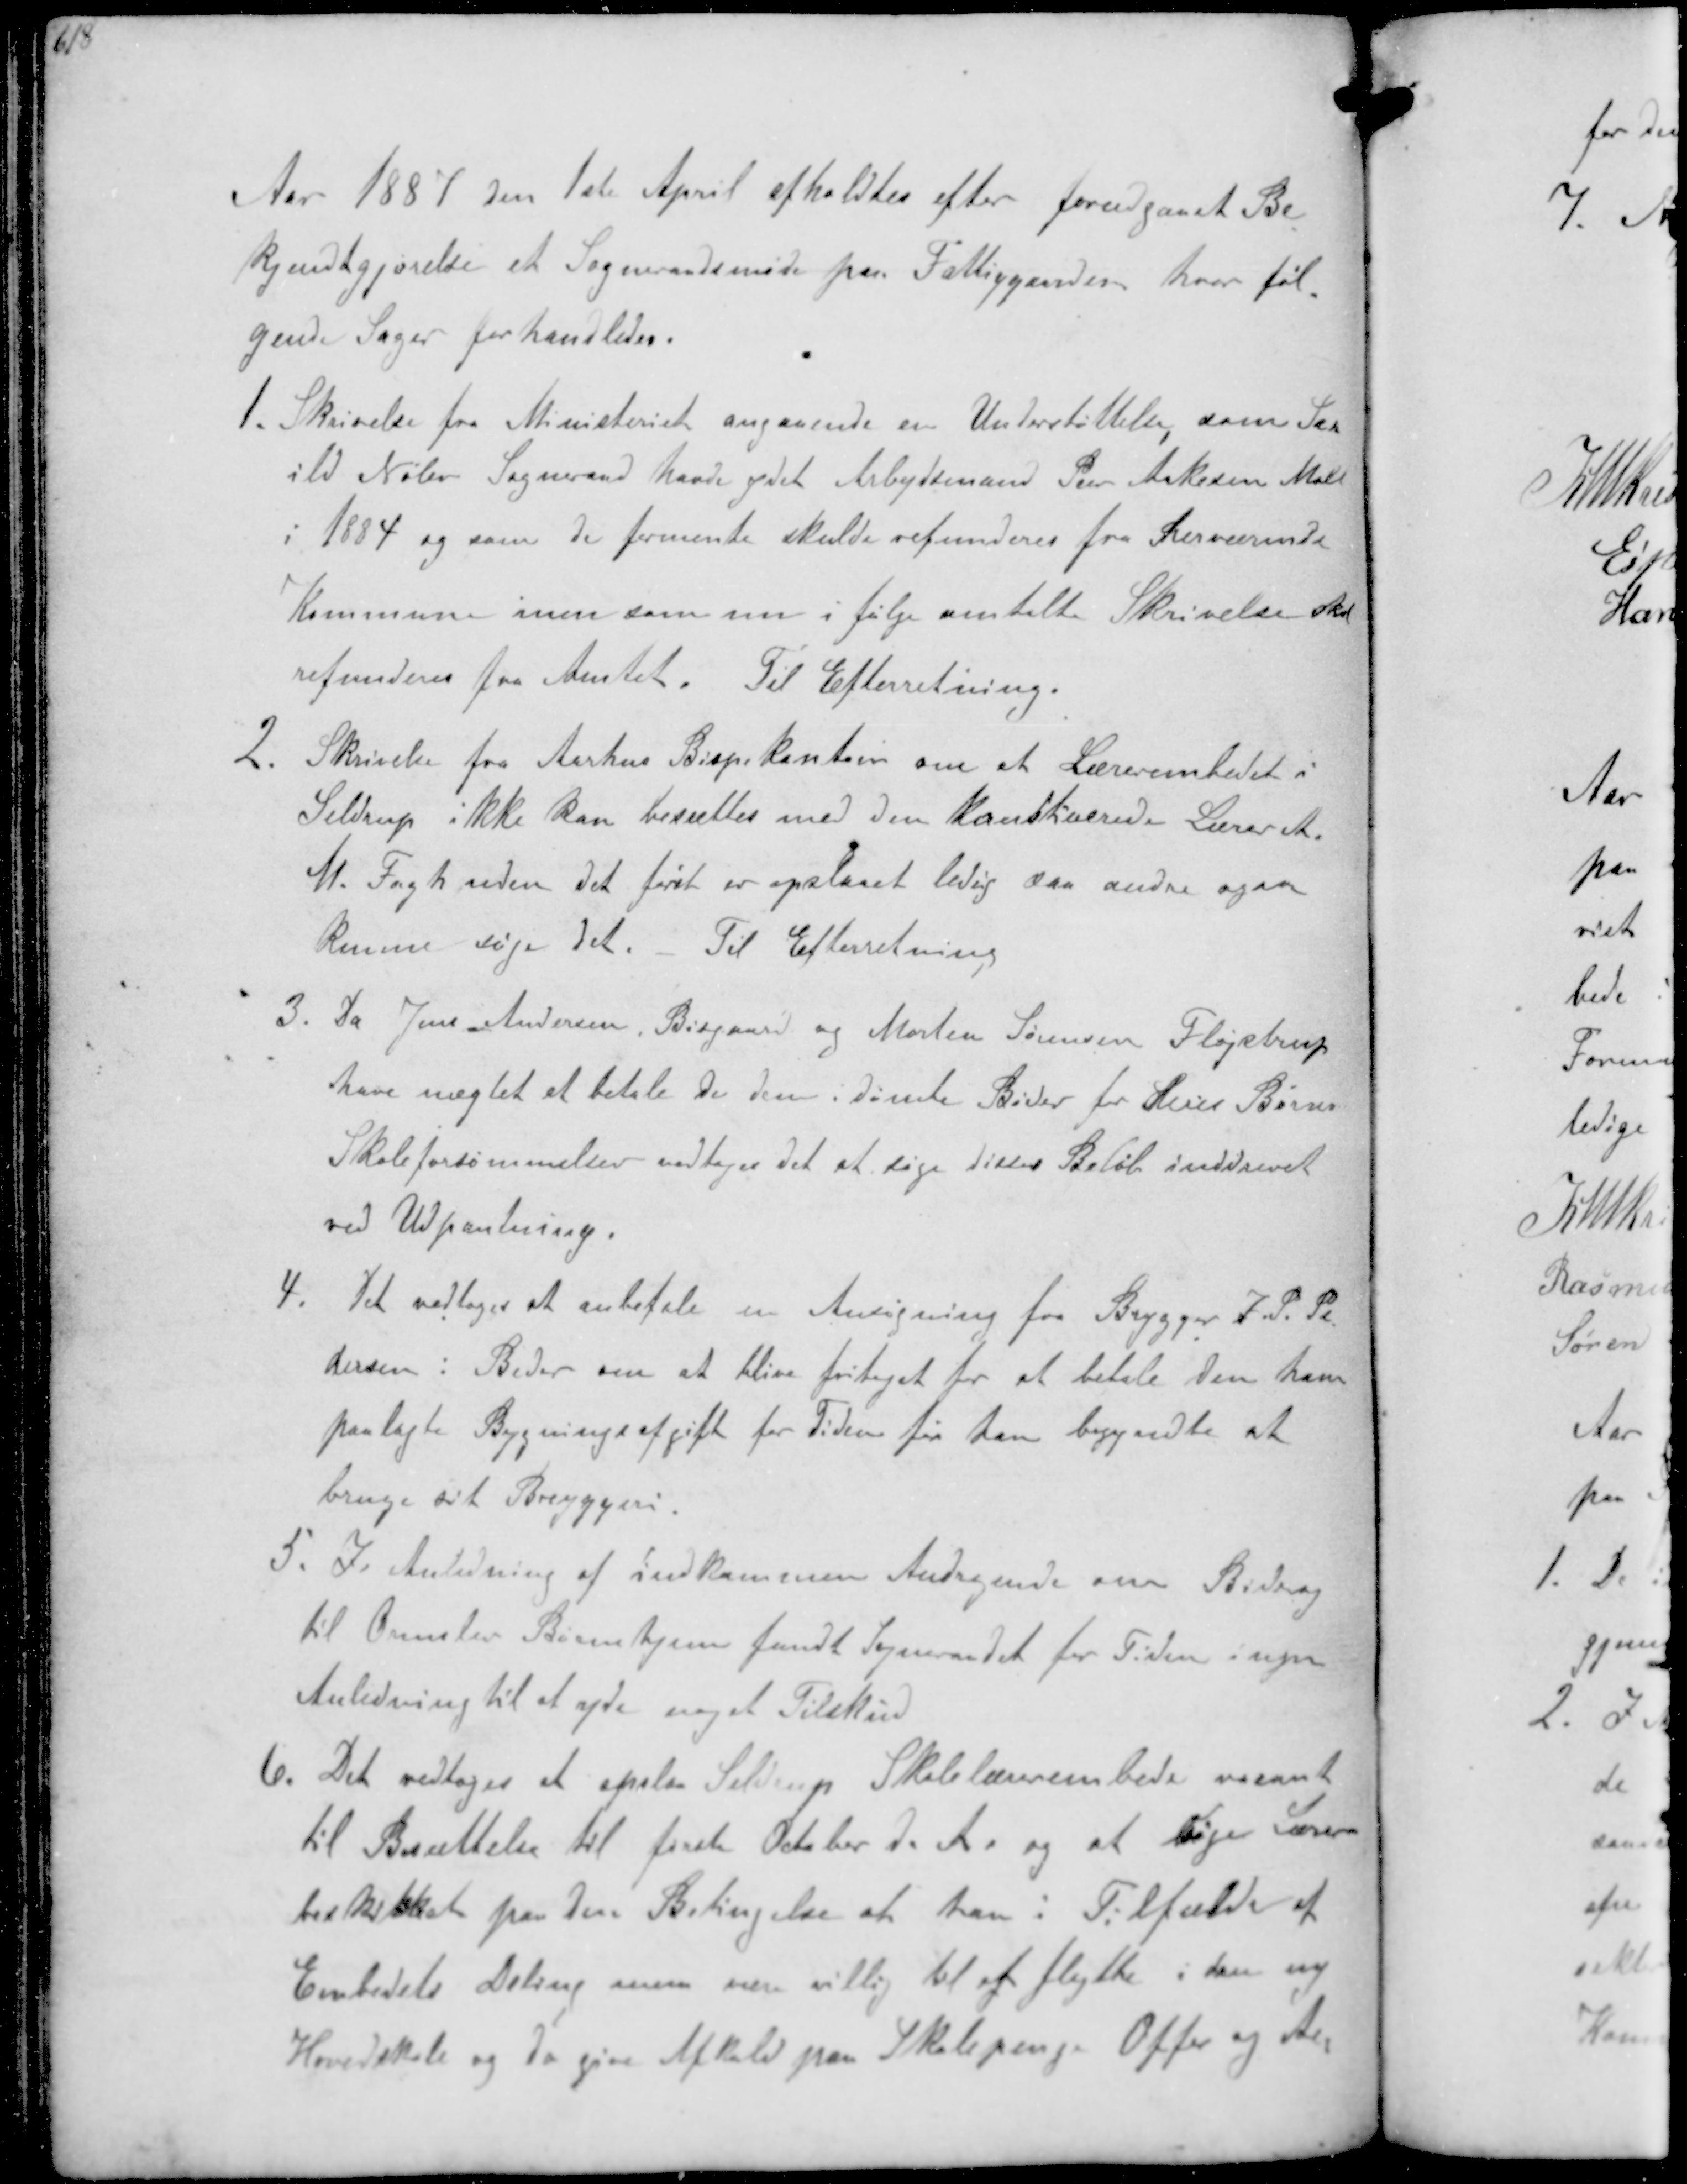
Transskription:
Aar 1887 den 1ste April afholdtes efter forudgaaet Be-
kjendtgjørelse et Sogneraadsmøde paa Fattiggaarden hvor føl-
gende Sager forhandledes.
1. Skrivelse fra Ministeriet angaaende en Understøttelse som Sax
ild Nølev Sogneraad havde ydet Arbejdsmand Per Aakersen Mall
i 1884 og som de formente skulde refunderes fra herværende
Kommune men som nu i følge omtalte Skrivelse
refunderes fra Amtet. Til Efterretning.
2. Skrivelse fra Aarhus Bispekontor om at Lærerembedet i
Seldrup ikke kan besættes med den Konstituerede Lærer A
M. Fogh uden det først er opstaaet ledig saa andre ogsaa
kunne søge det. Til Efterretning
3. Da Jens Andersen, Bisgaard og Morten Sørensen Fløjstrup
have nægtet at betale de dem idømte Bøder for deres Børns
Skoleforsømmelser vedtages det at søge disse Beløb inddrevet
ved Udpantning.
4. Det vedtoges at anbefale en Ansøgning fra Brygger J. P. Pe-
dersen i Beder om at blive fritaget for at betale den ham
paalagte Bygningsafgift for Tiden før han begyndte at
bruge sit Bryggeri.
5. I Anledning af indkommen Andragende om Bidrag
til Omslev Børnehjem fandt Sogneraadet for Tiden ingen
Anledning til at yde noget Tilskud
6. Det vedtoges at opslaa Seldrup Skolelærerembede vacant
til Besættelse til første October d.A. og at søge Lærer
  paa den Betingelse at han i Tilfælde af
Embedets deling maa være villig til at flytte i den ny
Hovedskole og da give Aftale paa Skolepenge Offer og Acc